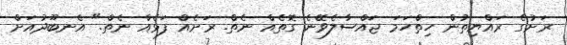
ރަށުގެ ރައްޔިތުން ހިތްހަމަ ޖައްސާލެވޭނެ ގޮތެއް ނެތް. ރަށެއް ފަޅެއް ނެތް." އެނބޫދުއަށް